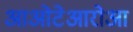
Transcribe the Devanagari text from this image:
आओटेआरोआ